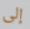
إلى